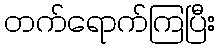
တက်ရောက်ကြပြီး